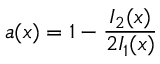
a ( x ) = 1 - \frac { I _ { 2 } ( x ) } { 2 I _ { 1 } ( x ) }